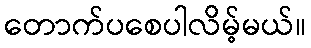
တောက်ပစေပါလိမ့်မယ်။